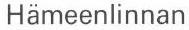
Hämeenlinnan